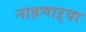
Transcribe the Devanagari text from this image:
नाहणाऱ्या